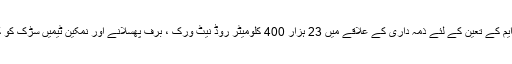
شہر میں ، 4 مداخلت نقطہ آئی ایم ایم کے تعین کے لئے ذمہ داری کے علاقے میں 23 ہزار 400 کلومیٹر روڈ نیٹ ورک ، برف پھسلانے اور نمکین ٹیمیں سڑک کو کھلا رہنے کے لئے تیار رہیں گی۔